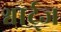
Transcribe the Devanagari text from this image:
श्वार्ट्‌ज